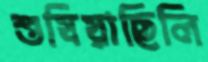
শুষিয়াছিলি